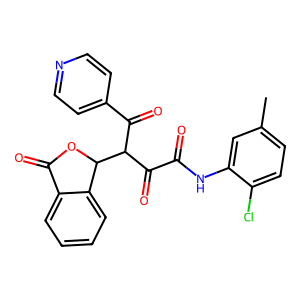
SMILES: Cc1ccc(Cl)c(NC(=O)C(=O)C(C(=O)c2ccncc2)C2OC(=O)c3ccccc32)c1
Inhibits HIV replication: No